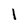
Character: 1